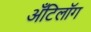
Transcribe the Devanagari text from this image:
अँटिलॉग